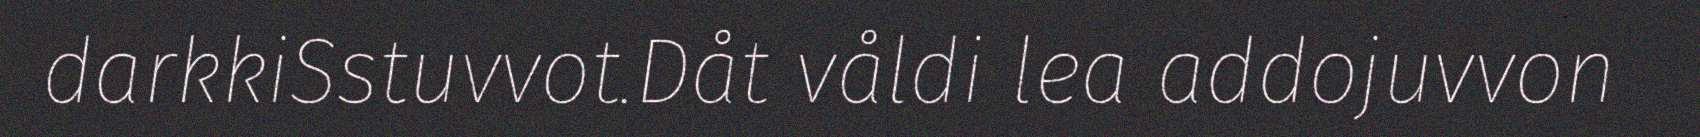
darkkiSstuvvot.Dåt våldi lea addojuvvon